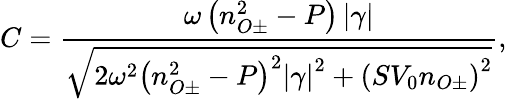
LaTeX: C=\frac{\omega\left(n_{O\pm}^{2}-P\right)\left|\gamma\right|}{\sqrt{2\omega^{2}\left(n_{O\pm}^{2}-P\right)^{2}\left|\gamma\right|^{2}+\left(SV_{0}n_{O\pm}\right)^{2}}},